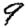
Digit: 9